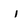
Character: i